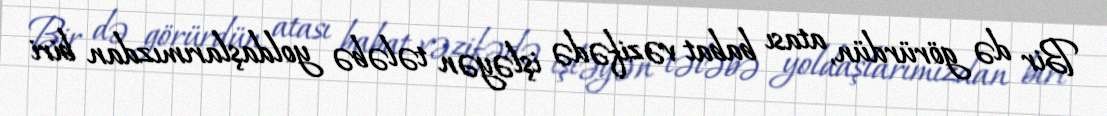
Bir də görürdün, atası babat vəzifədə işləyən tələbə yoldaşlarımızdan biri